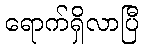
ရောက်ရှိလာပြီ